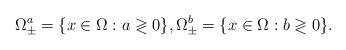
LaTeX: \begin{align*}\Omega^a_\pm = \{ x \in \Omega : a\gtrless 0 \}, \Omega^b_\pm = \{ x \in \Omega : b\gtrless 0 \}.\end{align*}